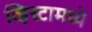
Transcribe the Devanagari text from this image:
व्हिस्टामध्ये